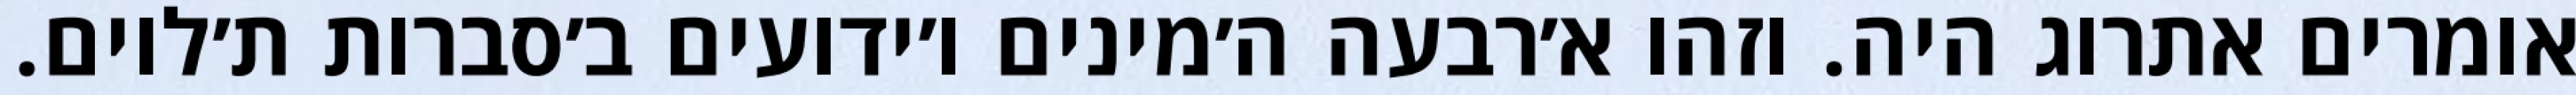
אומרים אתרוג היה. וזהו א׳רבעה ה׳מינים ו׳ידועים ב׳סברות ת׳לוים.